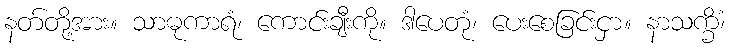
နတ်တို့အား။ သာဓုကာရံ၊ ကောင်းချီးကို။ ဒါပေတုံ၊ ပေးစေခြင်းငှာ။ နာသက္ခိံ၊